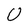
Character: U